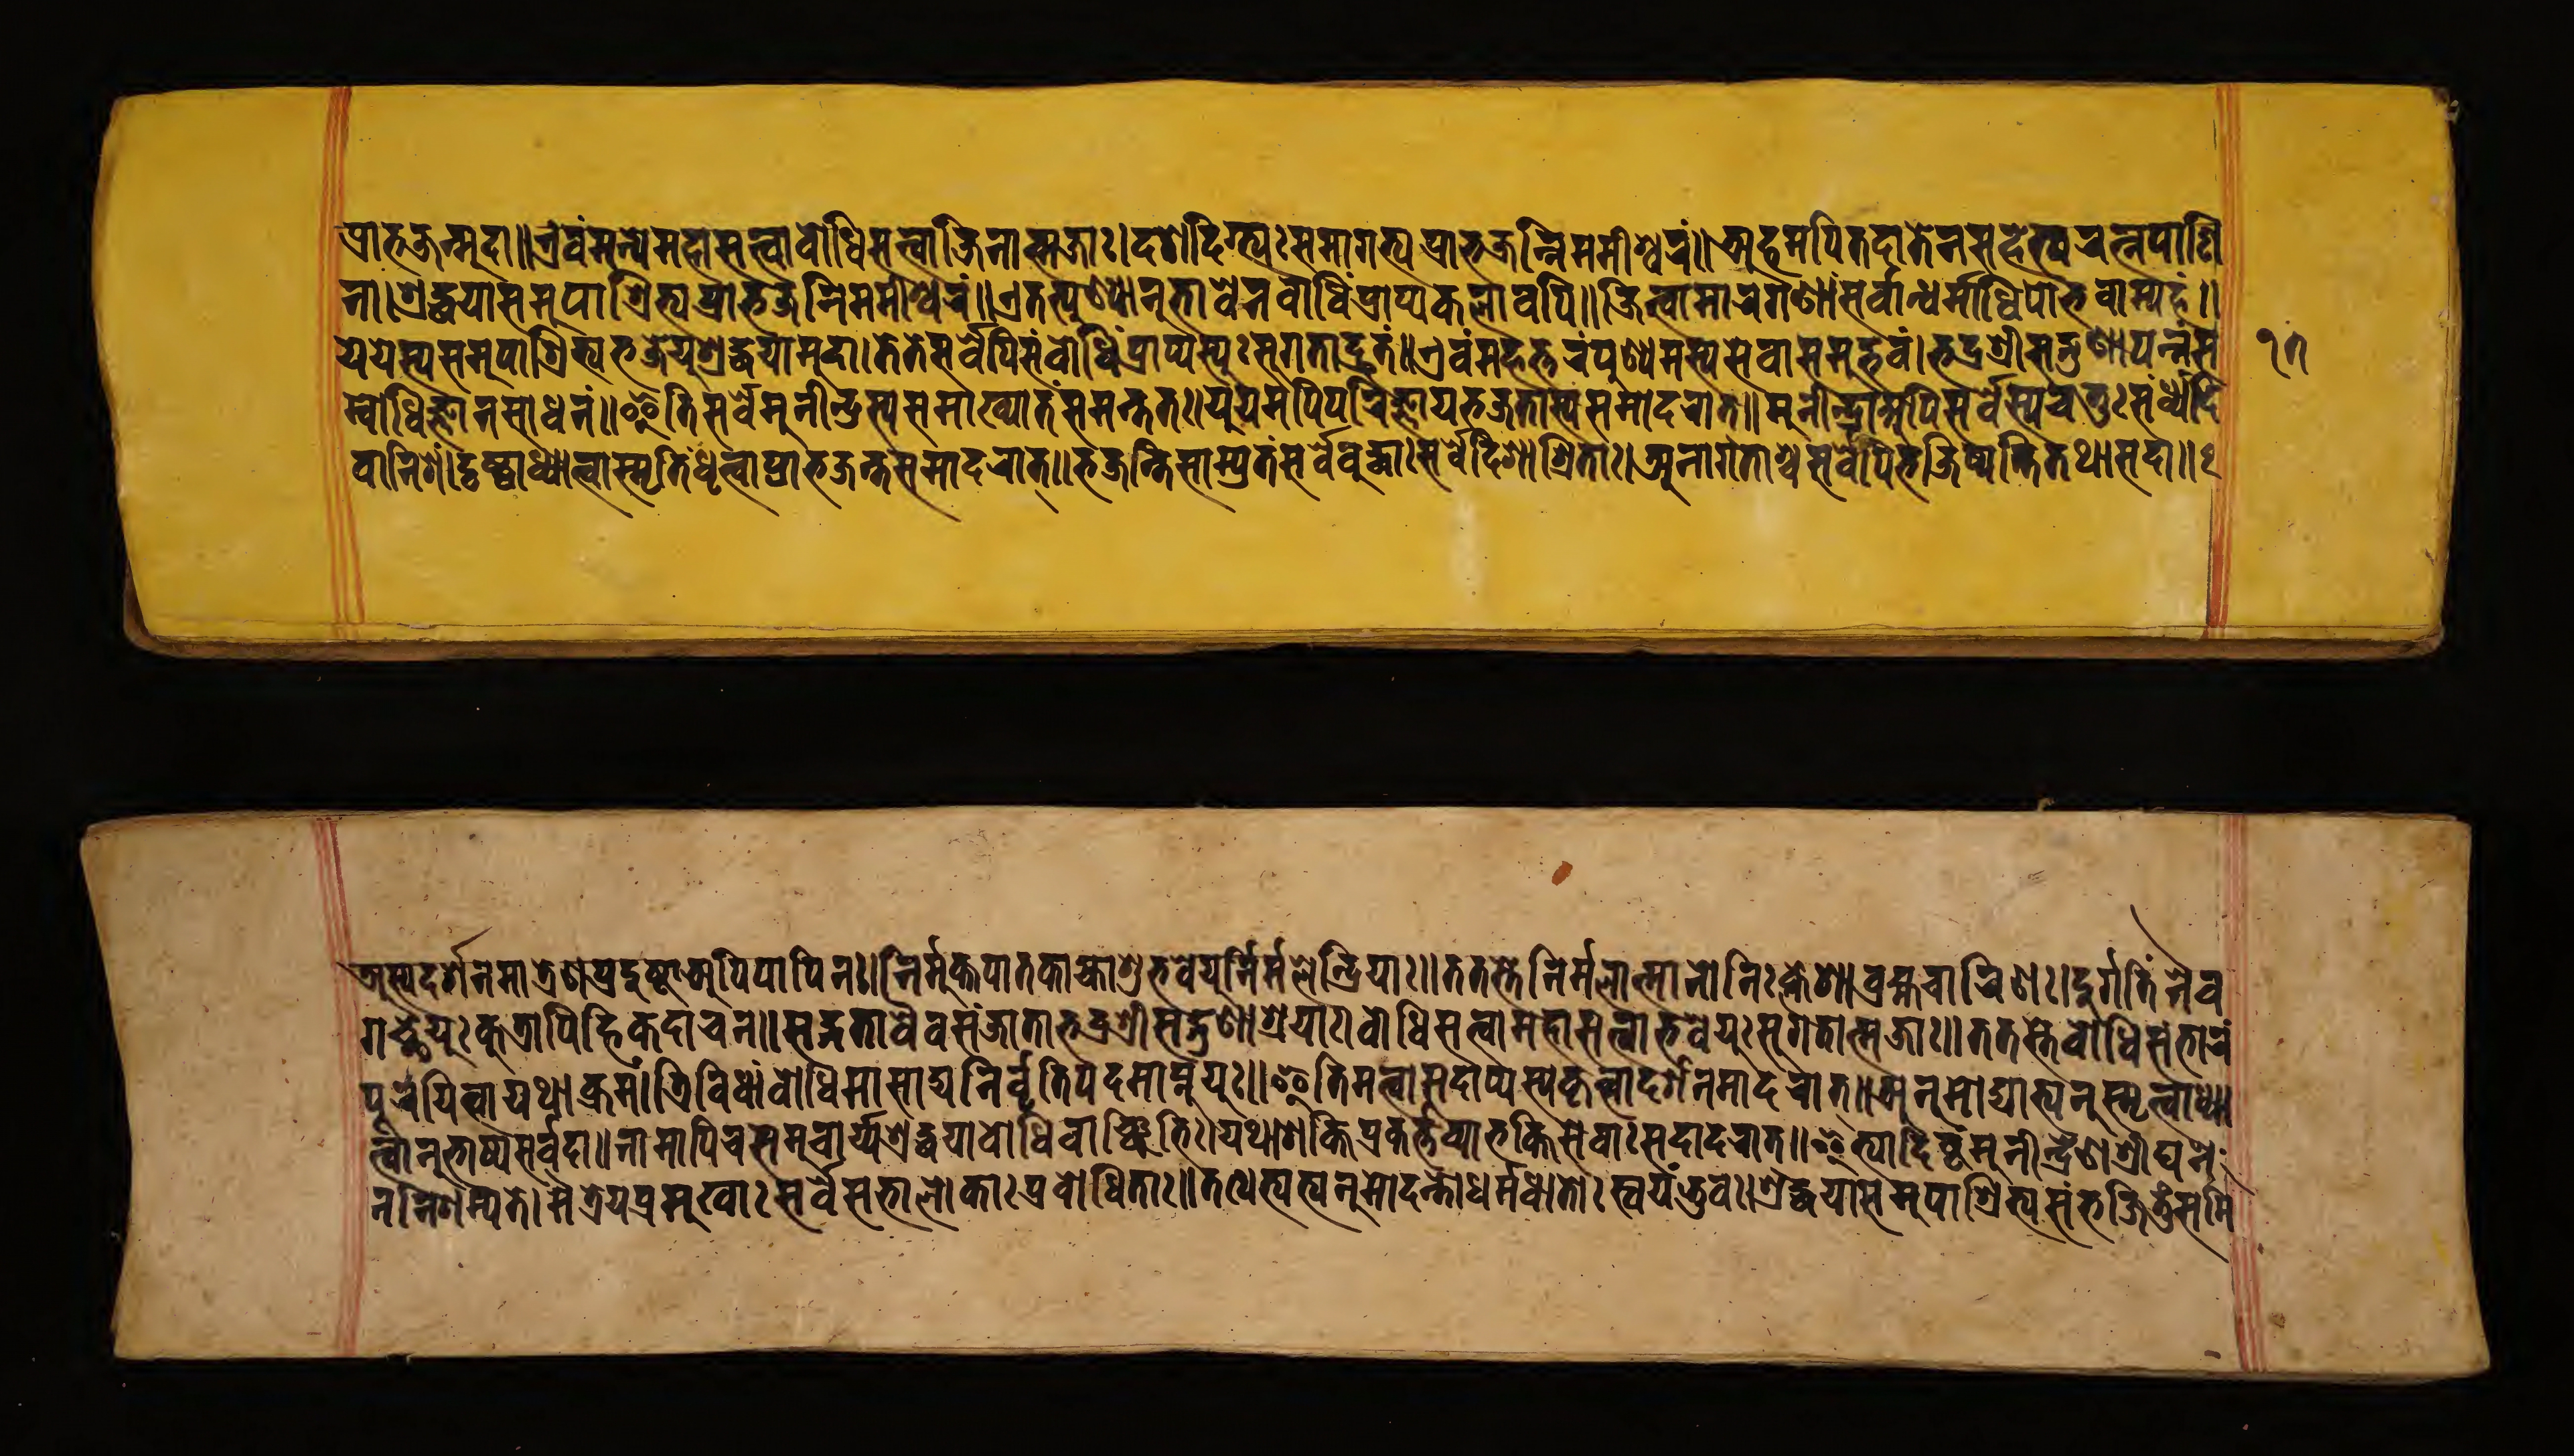
𑐥𑑂𑐬𑐵𑐨𑐖𑐣𑑂𑐩𑐸𑐡𑐵𑑅॥𑐊𑐰𑐩𑐣𑑂𑐫𑐾𑐩𑐴𑐵𑐳𑐟𑑂𑐟𑑂𑐰𑐵𑐧𑑀𑐢𑐶𑐳𑐟𑑂𑐟𑑂𑐰𑐵𑐖𑐶𑐣𑐵𑐟𑑂𑐩𑐖𑐵𑑅।𑐡𑐱𑐡𑐶𑐐𑑂𑐨𑑂𑐫𑑅𑐳𑐩𑐵𑐐𑐟𑑂𑐫𑐥𑑂𑐬𑐵𑐨𑐖𑐣𑑂𑐣𑐶𑐩𑐩𑐷𑐱𑑂𑐰𑐬𑑄॥𑐀𑐴𑐩𑐥𑐶𑐟𑐡𑐵𑐟𑐾𑐣𑐳𑐴𑐾𑐟𑑂𑐫𑐬𑐟𑑂𑐣𑐥𑐵𑐞𑐶 𑐣𑐵।𑐱𑑂𑐬𑐡𑑂𑐢𑐫𑐵𑐳𑐩𑐸𑐥𑐵𑐱𑑂𑐬𑐶𑐟𑑂𑐫𑐥𑑂𑐬𑐵𑐨𑐖𑐣𑐶𑐩𑐩𑐷𑐱𑑂𑐰𑐬𑑄॥𑐊𑐟𑐟𑑂𑐥𑐸𑐞𑑂𑐫𑐵𑐣𑐸𑐨𑐵𑐰𑐾𑐣𑐧𑑀𑐢𑐶𑑄𑐥𑑂𑐬𑐵𑐥𑑂𑐫𑐎𑐮𑐵𑐰𑐥𑐶॥𑐖𑐶𑐟𑑂𑐰𑐵𑐩𑐵𑐬𑐐𑐞𑐵𑐣𑑂𑐳𑐬𑑂𑐰𑐵𑐣𑑂𑐢𑐬𑑂𑐩𑐵𑐢𑐶𑐥𑑀𑐨𑐰𑐵𑐩𑑂𑐫𑐴𑑄॥ 𑐫𑐾𑐫𑐾𑐳𑑂𑐫𑐳𑐩𑐸𑐥𑐵𑐱𑑂𑐬𑐶𑐟𑑂𑐫𑐨𑐖𑐾𑐫𑐸𑑅𑐱𑑂𑐬𑐡𑑂𑐢𑐫𑐵𑐩𑐸𑐡𑐵॥𑐟𑐾𑐟𑐾𑐳𑐬𑑂𑐰𑐾𑐥𑐶𑐳𑑄𑐧𑑀𑐢𑐶𑑄𑐥𑑂𑐬𑐵𑐥𑑂𑐫𑐳𑑂𑐫𑐸𑑅𑐳𑐸𑐐𑐟𑐵𑐡𑑂𑐬𑐸𑐟𑑄॥𑐊𑐰𑑄𑐩𑐴𑐟𑑂𑐟𑐬𑑄𑐥𑐸𑐞𑑂𑐫𑐳𑑂𑐫𑐳𑐾𑐰𑐵𑐳𑐩𑐸𑐡𑑂𑐨𑐰𑑄।𑐨𑐡𑑂𑐬𑐱𑑂𑐬𑐷𑐳𑐡𑑂𑐐𑐸𑐞𑐵𑐥𑐣𑑂𑐣𑑄𑐳 𑐩𑑂𑐧𑑀𑐢𑐶𑐖𑑂𑐘𑐵𑐣𑐳𑐵𑐢𑐣𑑄॥𑐂𑐟𑐶𑐳𑐬𑑂𑐰𑐿𑐩𑐸𑐣𑐷𑐣𑑂𑐡𑑂𑐬𑐿𑐱𑑂𑐔𑐳𑐩𑐵𑐏𑑂𑐫𑐵𑐟𑑄𑐳𑐩𑐣𑑂𑐟𑐟𑑅॥𑐫𑐹𑐫𑐩𑐥𑐶𑐥𑐬𑐶𑐖𑑂𑐘𑐵𑐫𑐨𑐖𑐟𑐵𑐳𑑂𑐫𑐳𑐩𑐵𑐡𑐬𑐵𑐟𑑂॥𑐩𑐸𑐣𑐷𑐣𑑂𑐡𑑂𑐬𑐵𑐀𑐥𑐶𑐳𑐬𑑂𑐰𑐾𑐳𑑂𑐫𑐔𑐟𑐸𑑅𑐳𑐣𑑂𑐢𑑂𑐫𑑄𑐡𑐶 𑐰𑐵𑐣𑐶𑐱𑑄।𑐡𑐺𑐲𑑂𑐚𑑂𑐰𑐵𑐢𑑂𑐫𑐵𑐟𑑂𑐰𑐵𑐳𑑂𑐩𑐺𑐟𑐶𑑄𑐢𑐺𑐟𑑂𑐰𑐵𑐥𑑂𑐬𑐵𑐨𑐖𑐣𑑂𑐟𑑄𑐳𑐩𑐵𑐡𑐬𑐵𑐟𑑂॥𑐨𑐖𑐣𑑂𑐟𑐶𑐳𑐵𑐩𑑂𑐥𑑂𑐬𑐟𑑄𑐳𑐬𑑂𑐰𑐾𑐧𑐸𑐡𑑂𑐢𑐵𑑅𑐳𑐬𑑂𑐰𑐾𑐡𑐶𑐐𑐵𑐱𑑂𑐬𑐶𑐟𑐵𑑅।𑐀𑐣𑐵𑐐𑐟𑐵𑐱𑑂𑐔𑐳𑐬𑑂𑐰𑐾𑐥𑐶𑐨𑐖𑐶𑐲𑑂𑐫𑐣𑑂𑐟𑐶𑐟𑐠𑐵𑐳𑐡𑐵॥ 𑐀𑐳𑑂𑐫𑐡𑐬𑑂𑐱𑐣𑐩𑐵𑐟𑑂𑐬𑐾𑐞𑐥𑑂𑐬𑐡𑐸𑐲𑑂𑐚𑐵𑐀𑐥𑐶𑐥𑐵𑐥𑐶𑐣𑑅।𑐣𑐶𑐬𑑂𑐩𑐸𑐎𑑂𑐟𑐥𑐵𑐟𑐎𑐵𑐴𑑂𑐫𑐵𑐱𑐸𑐨𑐰𑐾𑐫𑐸𑐣𑐶𑐬𑑂𑐩𑐮𑐾𑐣𑑂𑐡𑑂𑐬𑐶𑐫𑐵𑑅॥𑐟𑐟𑐳𑑂𑐟𑐾𑐣𑐶𑐬𑑂𑐩𑐮𑐵𑐟𑑂𑐩𑐵𑐣𑑀𑐣𑐶𑑅𑐎𑑂𑐮𑐾𑐱𑑀𑐧𑑂𑐬𑐴𑑂𑐩𑐔𑐵𑐬𑐶𑐞𑑅।𑐡𑐸𑐬𑑂𑐐𑐟𑐶𑐣𑐿𑐰 𑐐𑐔𑑂𑐕𑐾𑐫𑐸𑑅𑐎𑐸𑐟𑑂𑐬𑐵𑐥𑐶𑐴𑐶𑐎𑐡𑐵𑐔𑐣॥𑐳𑐒𑑂𑐐𑐟𑐵𑐰𑐾𑐰𑐳𑑄𑐖𑐵𑐟𑐵𑐨𑐡𑑂𑐬𑐱𑑂𑐬𑐷𑐳𑐡𑑂𑐐𑐸𑐞𑐵𑐱𑑂𑐬𑐫𑐵𑑅।𑐧𑑀𑐢𑐶𑐳𑐟𑑂𑐟𑑂𑐰𑐵𑐩𑐴𑐵𑐳𑐟𑑂𑐟𑑂𑐰𑐵𑐨𑐰𑐾𑐫𑐸𑑅𑐳𑐸𑐐𑐟𑐵𑐟𑑂𑐩𑐖𑐵𑑅॥𑐟𑐟𑐳𑑂𑐟𑐾𑐧𑑀𑐢𑐶𑐳𑐩𑑂𑐨𑐵𑐬𑑄 𑐥𑐹𑐬𑐫𑐶𑐟𑑂𑐰𑐵𑐫𑐠𑐵𑐎𑑂𑐬𑐩𑑄।𑐟𑑂𑐬𑐶𑐰𑐶𑐢𑐵𑑄𑐧𑑀𑐢𑐶𑐩𑐵𑐳𑐵𑐡𑑂𑐫𑐣𑐶𑐬𑑂𑐰𑐺𑐟𑐶𑑄𑐥𑐡𑐩𑐵𑐥𑑂𑐣𑐸𑐫𑐸𑑅॥𑐂𑐟𑐶𑐣𑐟𑑂𑐰𑐵𑐳𑐡𑐵𑐥𑑂𑐫𑐳𑑂𑐫𑐎𑐺𑐟𑑂𑐰𑐵𑐡𑐬𑑂𑐱𑐣𑐩𑐵𑐡𑐬𑐵𑐟𑑂॥𑐀𑐣𑐸𑐩𑑀𑐡𑑂𑐫𑐵𑐨𑑂𑐫𑐣𑐸𑐳𑑂𑐩𑐺𑐟𑑂𑐰𑐵𑐢𑑂𑐫𑐵 𑐟𑑂𑐰𑐵𑐣𑐸𑐨𑐵𑐰𑑂𑐫𑐳𑐬𑑂𑐰𑐡𑐵॥𑐣𑐵𑐩𑐵𑐥𑐶𑐔𑐳𑐩𑐸𑐔𑑂𑐔𑐵𑐬𑑂𑐫𑐱𑑂𑐬𑐡𑑂𑐢𑐫𑐵𑐧𑑀𑐢𑐶𑐰𑐵𑐕𑐶𑐨𑐶𑑅।𑐫𑐠𑐵𑐱𑐎𑑂𑐟𑐶𑐥𑑂𑐬𑐎𑐬𑑂𑐟𑑂𑐟𑐰𑑂𑐫𑐵𑐨𑐎𑑂𑐟𑐶𑐳𑐾𑐰𑐵𑐳𑐡𑐵𑐡𑐬𑐵𑐟𑑂॥𑐂𑐟𑑂𑐫𑐵𑐡𑐶𑐲𑑂𑐚𑑄𑐩𑐸𑐣𑐷𑐣𑑂𑐡𑑂𑐬𑐾𑐞𑐱𑑂𑐬𑐷𑐑𑐣𑐾 𑐣𑐣𑐶𑐱𑐩𑑂𑐫𑐟𑐾।𑐩𑐿𑐟𑑂𑐬𑐾𑐫𑐥𑑂𑐬𑐩𑐸𑐏𑐵𑑅𑐳𑐬𑑂𑐰𑐾𑐳𑐨𑐵𑐮𑑀𑐎𑐵𑑅𑐥𑑂𑐬𑐧𑑀𑐢𑐶𑐟𑐵𑑅॥𑐟𑐠𑐾𑐟𑑂𑐫𑐨𑑂𑐫𑐣𑐸𑐩𑑀𑐡𑐣𑑂𑐟𑑀𑐢𑐬𑑂𑐩𑑂𑐩𑐢𑐵𑐟𑑀𑐳𑑂𑐰𑐫𑐩𑑂𑐨𑐸𑐰𑑅।𑐱𑑂𑐬𑐡𑑂𑐢𑐫𑐵𑐳𑐩𑐸𑐥𑐵𑐱𑑂𑐬𑐶𑐟𑑂𑐫𑐳𑑄𑐨𑐖𑐶𑐟𑐸𑑄𑐳𑐩𑐶 𑑑𑑗